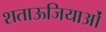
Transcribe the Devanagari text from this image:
शताऊजियाओं